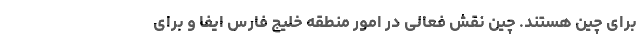
برای چین هستند. چین نقش فعالی در امور منطقه خلیج فارس ایفا و برای